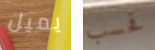
يميل فحسب